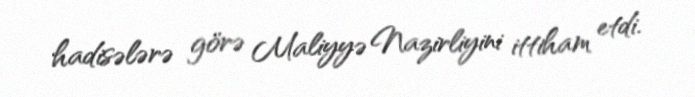
hadisələrə görə Maliyyə Nazirliyini ittiham etdi.